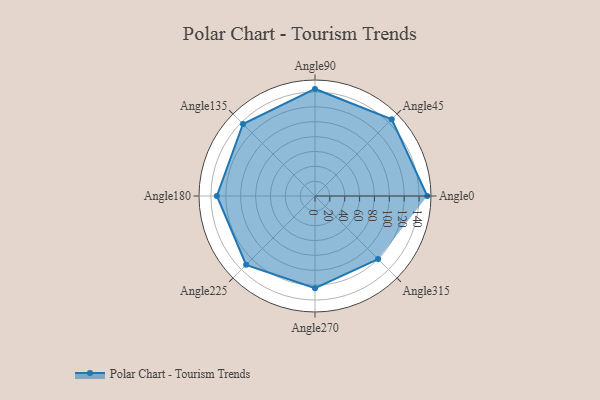
{"axis": {"x": "Angle", "y": "Radius"}, "legend": [""], "data": [{"x": "Angle0", "y": 151.0, "type": ""}, {"x": "Angle45", "y": 146.0, "type": ""}, {"x": "Angle90", "y": 144.0, "type": ""}, {"x": "Angle135", "y": 137.0, "type": ""}, {"x": "Angle180", "y": 132.0, "type": ""}, {"x": "Angle225", "y": 131.0, "type": ""}, {"x": "Angle270", "y": 124.0, "type": ""}, {"x": "Angle315", "y": 120.0, "type": ""}]}